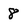
Character: 8